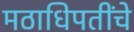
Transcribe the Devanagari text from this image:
मठाधिपतींचे